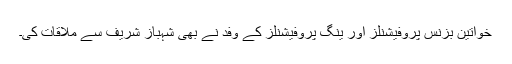
خواتین بزنس پروفیشنلز اور ینگ پروفیشنلز کے وفد نے بھی شہباز شریف سے ملاقات کی۔